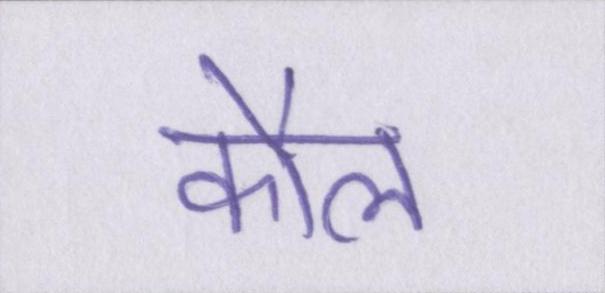
कौल